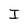
Character: I